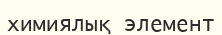
химиялық элемент